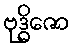
ဗုဒ္ဓိဇော